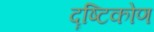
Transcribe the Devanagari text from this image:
दॄष्‍टिकोण